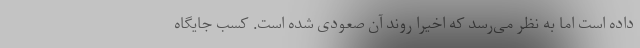
داده است اما به نظر می‌رسد که اخیرا روند آن صعودی شده است. کسب جایگاه